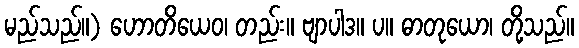
မည်သည်။) ဟောတိယေဝ၊ တည်း။ ဗျာပါဒ။ ပ။ ဓာတုယော၊ တို့သည်။